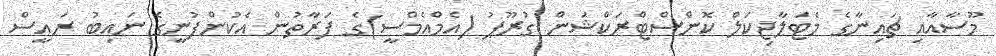
މޫސާއާއި ޗައިނާގެ މެޓަލާޖިކަލް ކޮންސްޓްރަކްޝަން ގުރޫޕު (އެމްއެމްސީ)ގެ ފަރާތުން އެކުންފުނީގެ ނައިބު ރައީސް